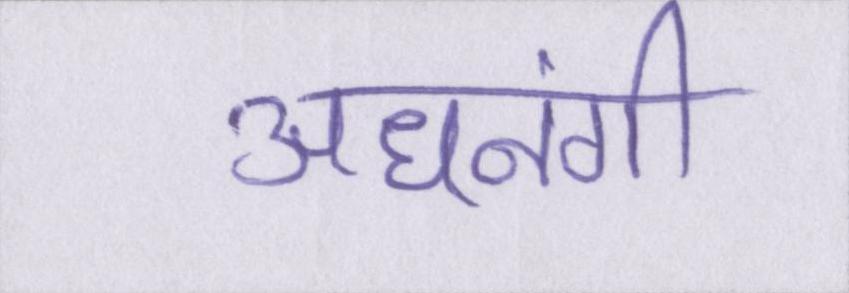
अधनंगी